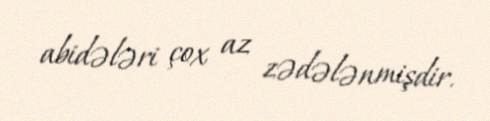
abidələri çox az zədələnmişdir.